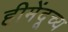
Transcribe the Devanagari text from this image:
हीमेंदूच्य